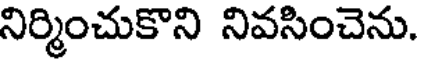
నిర్మించుకొని నివసించెను.